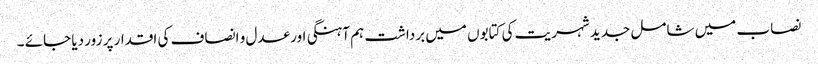
نصاب میں شامل جدید شہریت کی کتابوں میں برداشت ہم آہنگی اور عدل و انصاف کی اقدار پر زور دیا جائے ۔